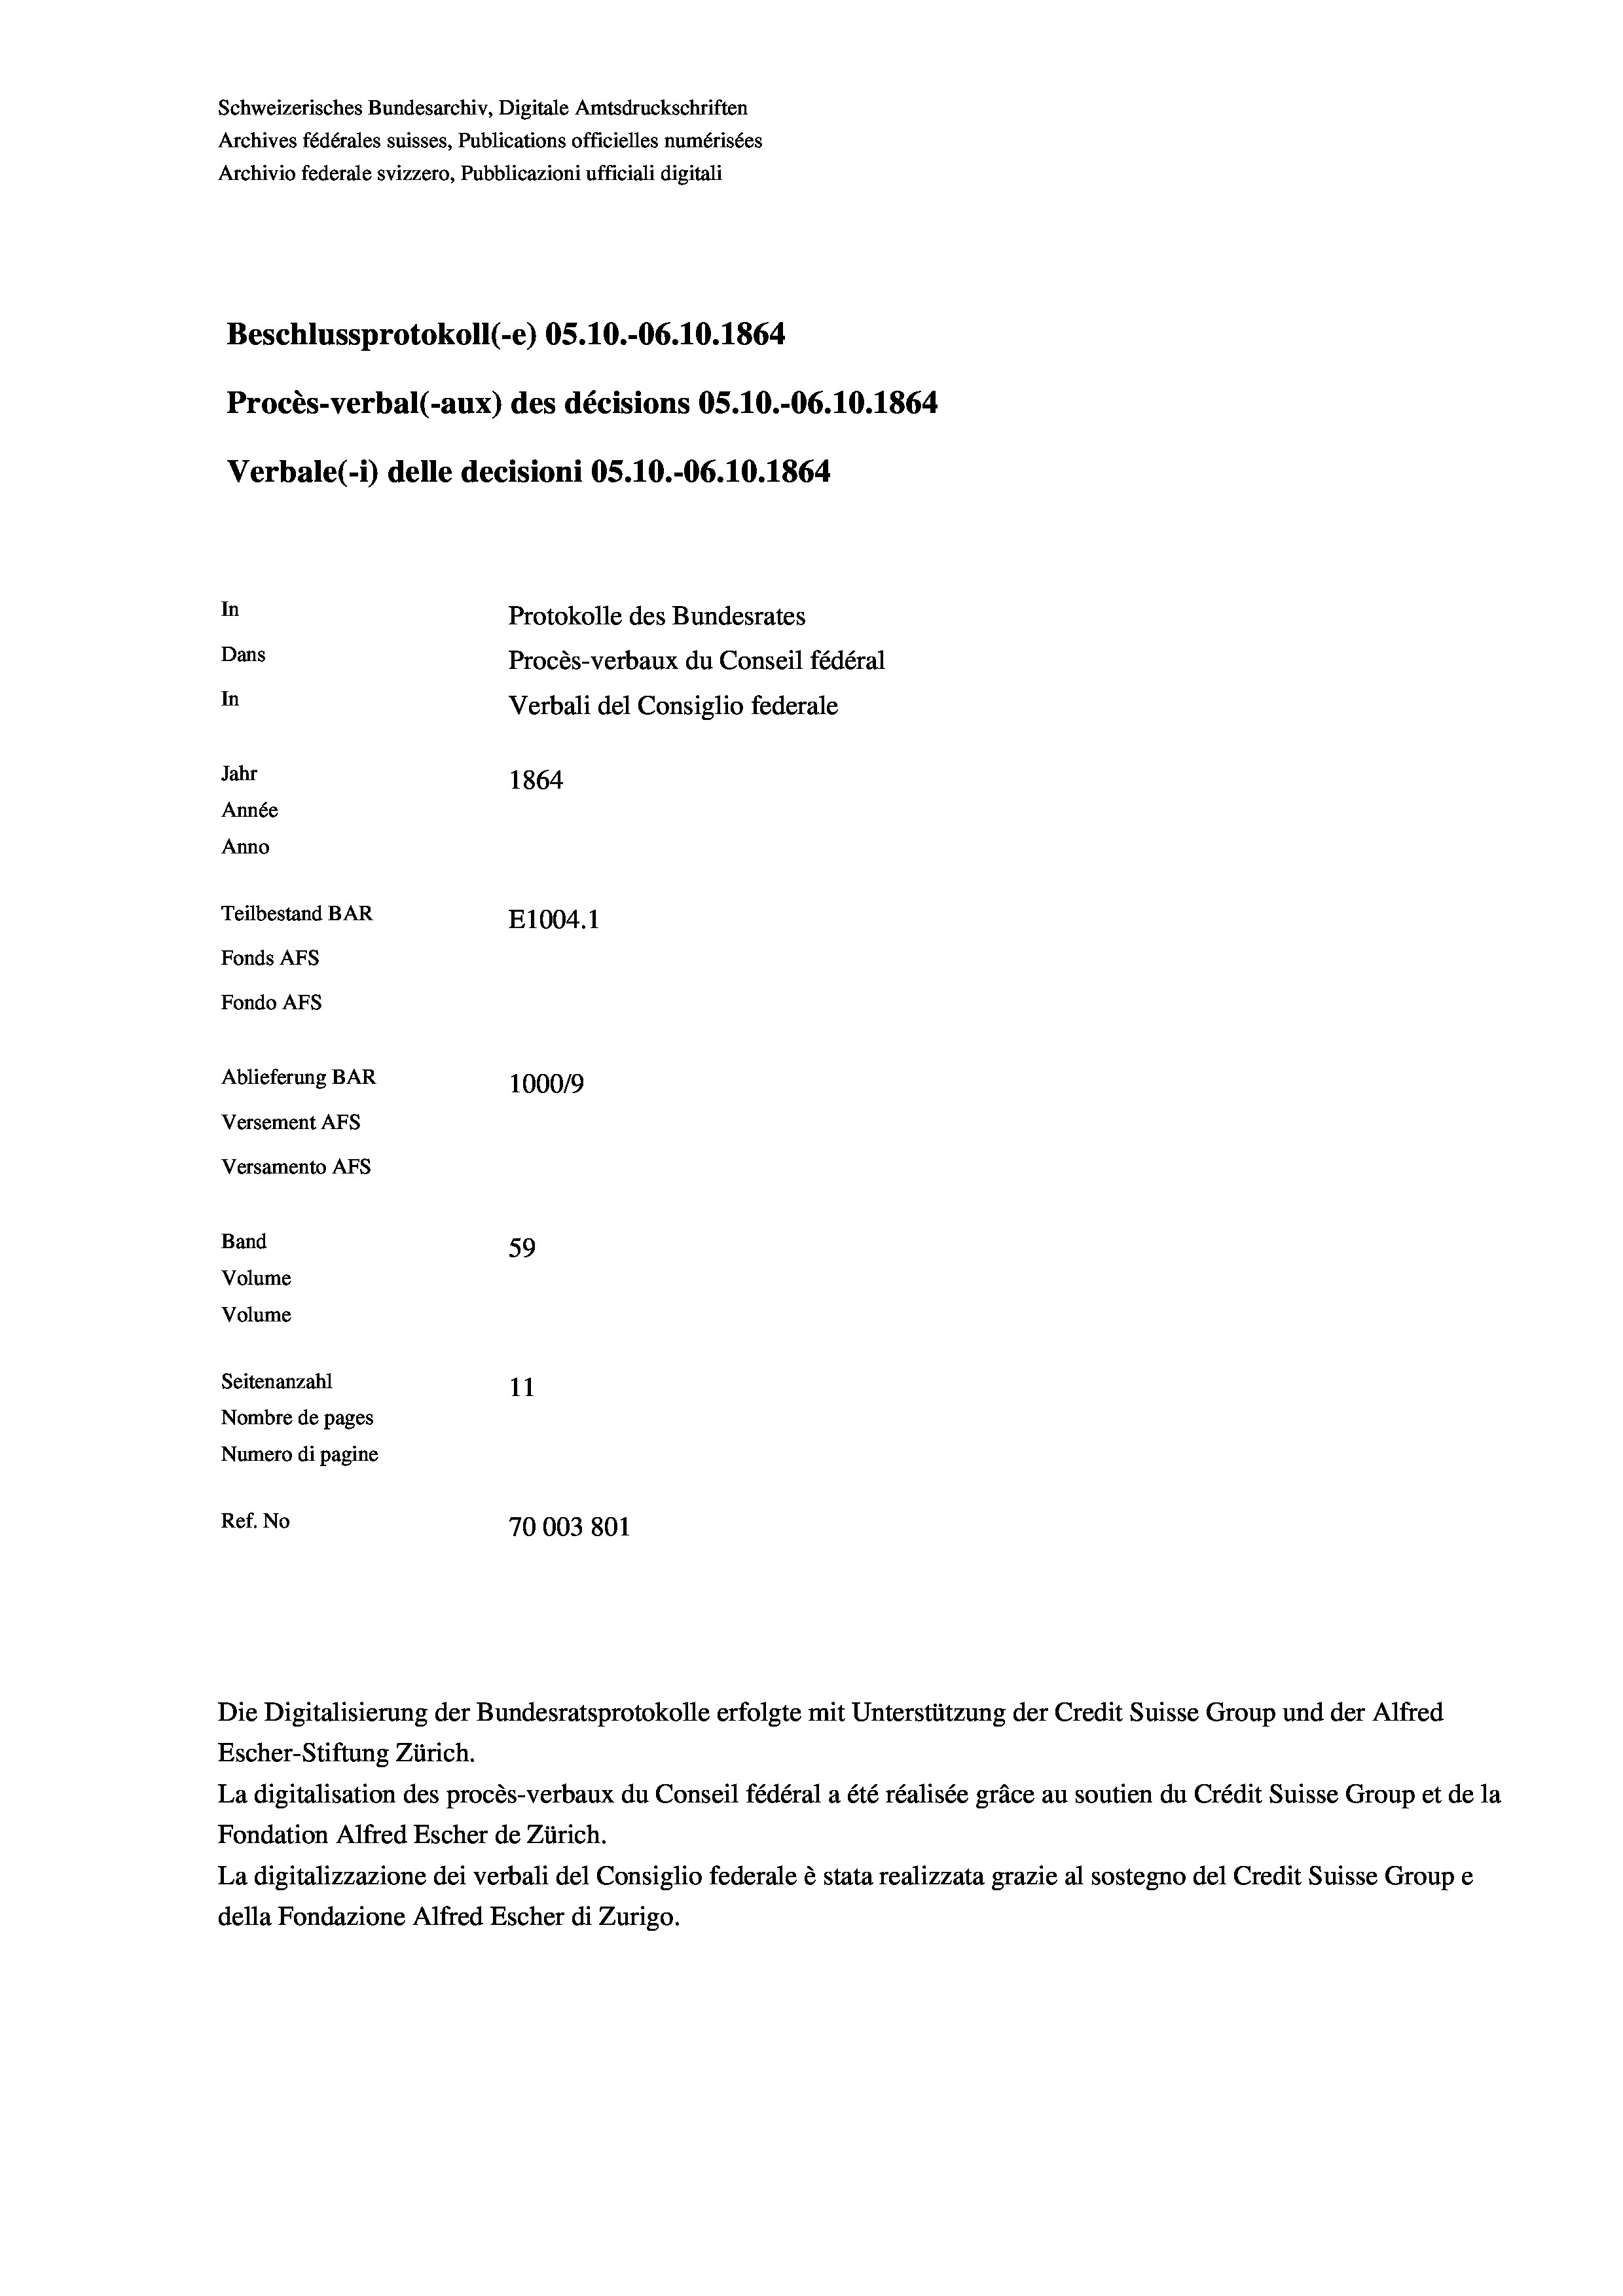
Schweizerisches Bundesarchiv, Digitale Amtsdruckschriften
Archives fédérales suisses, Publications officielles numérisées
Archivio federale svizzero, Pubblicazioni ufficiali digitali
Beschlussprotokoll (-e) OS.10.-06.10.1864
Procès-verbal (-aux) des décisions OS.10.-06.10.1864
Verbale (i) delle decisioni OS.10.-06. 10. 1864
In
Protokolle des Bundesrates
Dans
Procès-verbaux du Conseil fédéral
In
Verbali del Consiglio federale
Jahr
1864
Année
Anno
Teilbestand BAR
E1004.1
Fonds AFs
Fondo AFS
Ablieferung BAR
1000/9
Versement As
Versamento AFs
Band
59
Volume

Volume
Seitenanzahl
11
Nombre de pages
Numero di pagine
Ref. No
70003801

Escher-Stiftung Zürich.
La digitalisation des procès-verbaux du Conseil fédéral a été réalisée gräce au soutien du Crédit Suisse Group et de la
Fondation Alfred Escher de Zürich.
La digitalizzazione dei verbali del Consiglio federale è stata realizzata grazie al sostegno del Credit Suisse Groupe
della Fondazione Alfred Escher di Zurigo.

Die Digitalisierung der Bundesratsprotokolle erfolgte mit Unterstützung der Credit Suisse Group und der Alfred